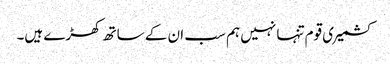
کشمیری قوم تنہا نہیں ہم سب ان کے ساتھ کھڑے ہیں۔